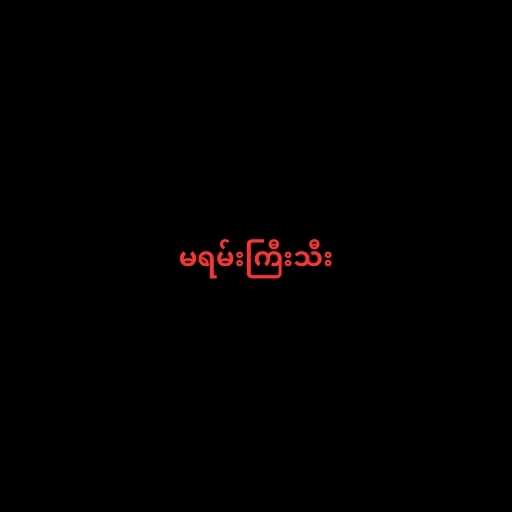
မရမ်းကြီးသီး